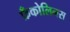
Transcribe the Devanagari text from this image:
फ्रँकोलिनस